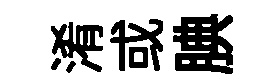
淆或腆